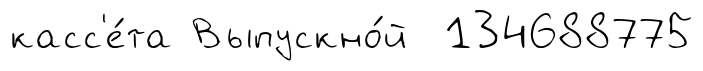
касс'е́та Выпускно́й 134688775